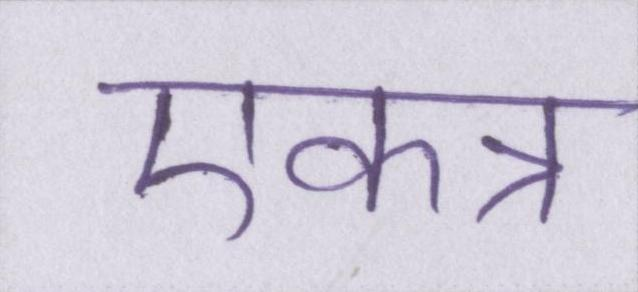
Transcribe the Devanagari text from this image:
एकत्र